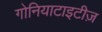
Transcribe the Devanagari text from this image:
गोनियाटाइटीज़